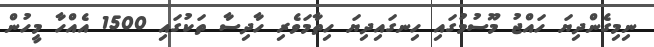
ނިމިގެންދިޔަ ހައްޖު މޫސުމުގައި ހިނގައިދިޔަ ހިތާމަވެރި ހާދިސާ ތަކުގައި 1500 އެއްހާ މީހުން